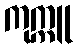
ကုက္ကူ